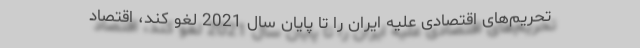
تحریم‌های اقتصادی علیه ایران را تا پایان سال 2021 لغو کند، اقتصاد